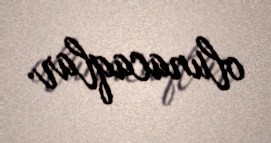
olunacaqlar.